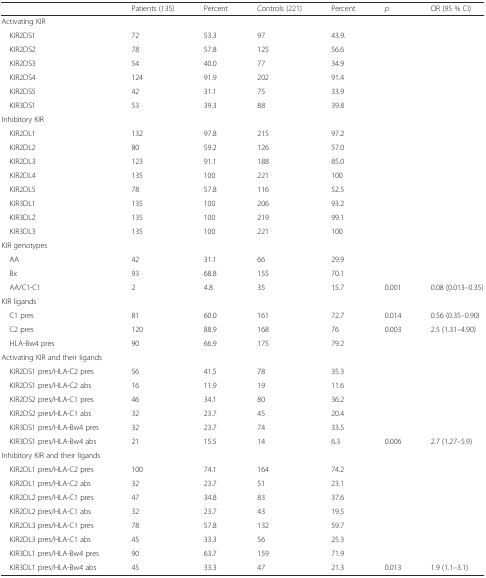
<table><thead><tr><td></td><td><b>Patients (135)</b></td><td><b>Percent</b></td><td><b>Controls (221)</b></td><td><b>Percent</b></td><td><b><i>p</i></b></td><td><b>OR (95 % CI)</b></td></tr></thead><tbody><tr><td>Activating KIR</td><td></td><td></td><td></td><td></td><td></td><td></td></tr><tr><td> KIR2DS1</td><td>72</td><td>53.3</td><td>97</td><td>43.9.</td><td></td><td></td></tr><tr><td> KIR2DS2</td><td>78</td><td>57.8</td><td>125</td><td>56.6</td><td></td><td></td></tr><tr><td> KIR2DS3</td><td>54</td><td>40.0</td><td>77</td><td>34.9</td><td></td><td></td></tr><tr><td> KIR2DS4</td><td>124</td><td>91.9</td><td>202</td><td>91.4</td><td></td><td></td></tr><tr><td> KIR2DS5</td><td>42</td><td>31.1</td><td>75</td><td>33.9</td><td></td><td></td></tr><tr><td> KIR3DS1</td><td>53</td><td>39.3</td><td>88</td><td>39.8</td><td></td><td></td></tr><tr><td>Inhibitory KIR</td><td></td><td></td><td></td><td></td><td></td><td></td></tr><tr><td> KIR2DL1</td><td>132</td><td>97.8</td><td>215</td><td>97.2</td><td></td><td></td></tr><tr><td> KIR2DL2</td><td>80</td><td>59.2</td><td>126</td><td>57.0</td><td></td><td></td></tr><tr><td> KIR2DL3</td><td>123</td><td>91.1</td><td>188</td><td>85.0</td><td></td><td></td></tr><tr><td> KIR2DL4</td><td>135</td><td>100</td><td>221</td><td>100</td><td></td><td></td></tr><tr><td> KIR2DL5</td><td>78</td><td>57.8</td><td>116</td><td>52.5</td><td></td><td></td></tr><tr><td> KIR3DL1</td><td>135</td><td>100</td><td>206</td><td>93.2</td><td></td><td></td></tr><tr><td> KIR3DL2</td><td>135</td><td>100</td><td>219</td><td>99.1</td><td></td><td></td></tr><tr><td> KIR3DL3</td><td>135</td><td>100</td><td>221</td><td>100</td><td></td><td></td></tr><tr><td>KIR genotypes</td><td></td><td></td><td></td><td></td><td></td><td></td></tr><tr><td> AA</td><td>42</td><td>31.1</td><td>66</td><td>29.9</td><td></td><td></td></tr><tr><td> Bx</td><td>93</td><td>68.8</td><td>155</td><td>70.1</td><td></td><td></td></tr><tr><td> AA/C1-C1</td><td>2</td><td>4.8</td><td>35</td><td>15.7</td><td>0.001</td><td>0.08 (0.013–0.35)</td></tr><tr><td>KIR ligands</td><td></td><td></td><td></td><td></td><td></td><td></td></tr><tr><td> C1 pres</td><td>81</td><td>60.0</td><td>161</td><td>72.7</td><td>0.014</td><td>0.56 (0.35–0.90)</td></tr><tr><td> C2 pres</td><td>120</td><td>88.9</td><td>168</td><td>76</td><td>0.003</td><td>2.5 (1.31–4.90)</td></tr><tr><td> HLA-Bw4 pres</td><td>90</td><td>66.9</td><td>175</td><td>79.2</td><td></td><td></td></tr><tr><td>Activating KIR and their ligands</td><td></td><td></td><td></td><td></td><td></td><td></td></tr><tr><td> KIR2DS1 pres/HLA-C2 pres</td><td>56</td><td>41.5</td><td>78</td><td>35.3</td><td></td><td></td></tr><tr><td> KIR2DS1 pres/HLA-C2 abs</td><td>16</td><td>11.9</td><td>19</td><td>11.6</td><td></td><td></td></tr><tr><td> KIR2DS2 pres/HLA-C1 pres</td><td>46</td><td>34.1</td><td>80</td><td>36.2</td><td></td><td></td></tr><tr><td> KIR2DS2 pres/HLA-C1 abs</td><td>32</td><td>23.7</td><td>45</td><td>20.4</td><td></td><td></td></tr><tr><td> KIR3DS1 pres/HLA-Bw4 pres</td><td>32</td><td>23.7</td><td>74</td><td>33.5</td><td></td><td></td></tr><tr><td> KIR3DS1 pres/HLA-Bw4 abs</td><td>21</td><td>15.5</td><td>14</td><td>6.3</td><td>0.006</td><td>2.7 (1.27–5.9)</td></tr><tr><td>Inhibitory KIR and their ligands</td><td></td><td></td><td></td><td></td><td></td><td></td></tr><tr><td> KIR2DL1 pres/HLA-C2 pres</td><td>100</td><td>74.1</td><td>164</td><td>74.2</td><td></td><td></td></tr><tr><td> KIR2DL1 pres/HLA-C2 abs</td><td>32</td><td>23.7</td><td>51</td><td>23.1</td><td></td><td></td></tr><tr><td> KIR2DL2 pres/HLA-C1 pres</td><td>47</td><td>34.8</td><td>83</td><td>37.6</td><td></td><td></td></tr><tr><td> KIR2DL2 pres/HLA-C1 abs</td><td>32</td><td>23.7</td><td>43</td><td>19.5</td><td></td><td></td></tr><tr><td> KIR2DL3 pres/HLA-C1 pres</td><td>78</td><td>57.8</td><td>132</td><td>59.7</td><td></td><td></td></tr><tr><td> KIR2DL3 pres/HLA-C1 abs</td><td>45</td><td>33.3</td><td>56</td><td>25.3</td><td></td><td></td></tr><tr><td> KIR3DL1 pres/HLA-Bw4 pres</td><td>90</td><td>63.7</td><td>159</td><td>71.9</td><td></td><td></td></tr><tr><td> KIR3DL1 pres/HLA-Bw4 abs</td><td>45</td><td>33.3</td><td>47</td><td>21.3</td><td>0.013</td><td>1.9 (1.1–3.1)</td></tr></tbody></table>